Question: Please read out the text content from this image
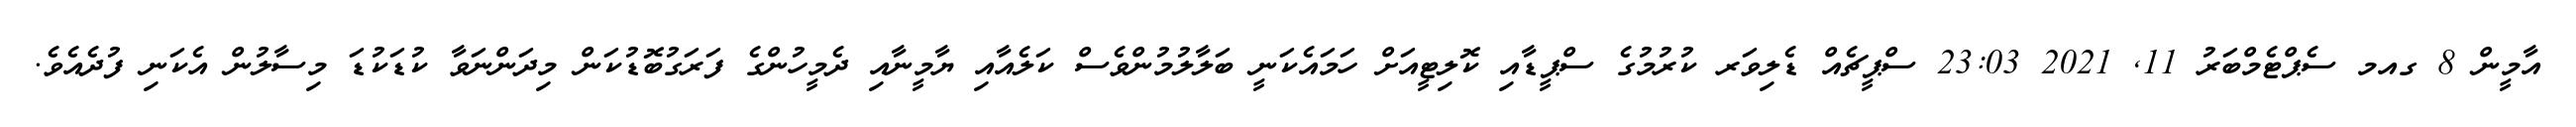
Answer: އާމީން 8 ގއމ ސެޕްޓެމްބަރު 11, 2021 23:03 ސްޕީޗެއް ޑެލިވަރ ކުރުމުގެ ސްޕީޑާއި ކޮލިޓީއަށް ހަމައެކަނީ ބަލާލުމުންވެސް ކަލެއާއި ޔާމީނާއި ދެމީހުންގެ ފަރަގުބޮޑުކަން މިދަންނަވާ ކުޑަކުޑަ މިސާލުން އެކަނި ފުދެއެވެ.